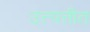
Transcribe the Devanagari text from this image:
उत्त्पत्तीत